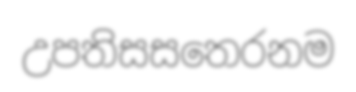
උපතිසසතෙරනම